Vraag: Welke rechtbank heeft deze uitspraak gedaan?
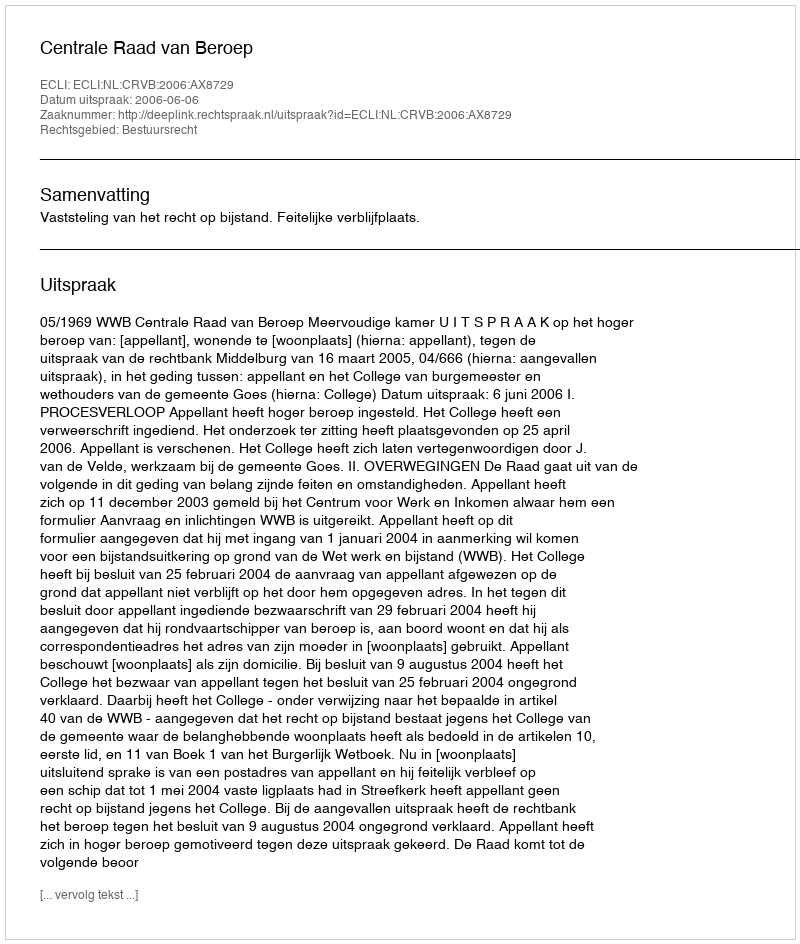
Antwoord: Centrale Raad van Beroep